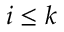
i \leq k